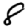
Digit: 8